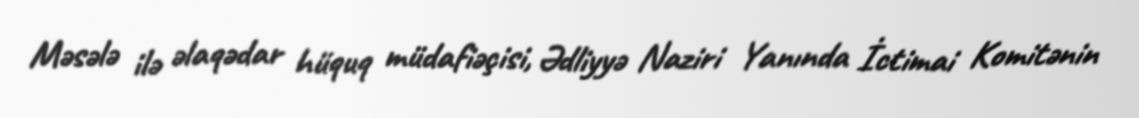
Məsələ ilə əlaqədar hüquq müdafiəçisi, Ədliyyə Naziri Yanında İctimai Komitənin